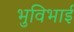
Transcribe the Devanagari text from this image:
भुविभाई